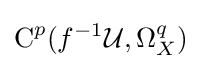
{\text{C}}^{p}(f^{-1}{\mathcal {U}},\Omega _{X}^{q})